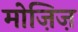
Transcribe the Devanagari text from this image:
मोज़िज़